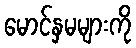
မောင်နှမများကို